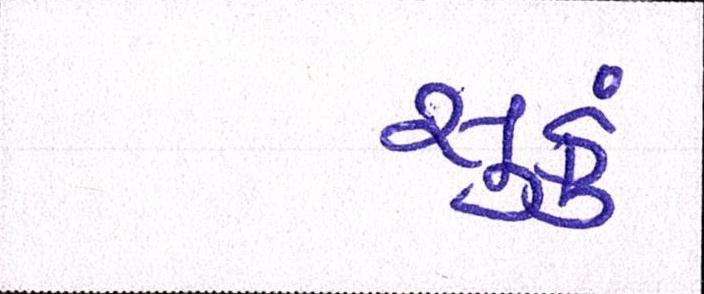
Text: સુકું